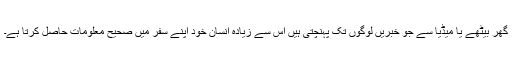
گھر بیٹھے یا میڈیا سے جو خبریں لوگوں تک پہنچتی ہیں اس سے زیادہ انسان خود اپنے سفر میں صحیح معلومات حاصل کرتا ہے۔